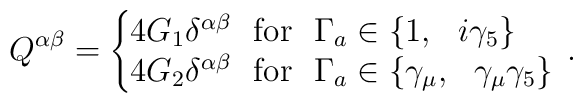
Q^{\alpha\beta} = \cases{&${\hskip -0.5cm}4G_1              \delta^{\alpha\beta}~~{\rm for}~~\Gamma_a\in\{1,~~i\gamma_5\}$\cr                        &${\hskip -0.5cm}4G_2              \delta^{\alpha\beta}~~{\rm for}~~\Gamma_a                        \in\{\gamma_\mu,~~\gamma_\mu\gamma_5\}$}\,.